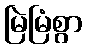
မြဲမြံစွာ